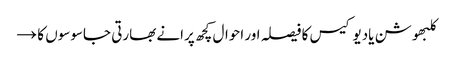
کلبھوشن یادیو کیس کا فیصلہ اور احوال کچھ پرانے بھارتی جاسوسوں کا →